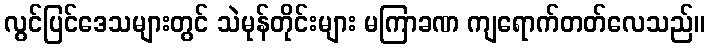
လွင်ပြင်ဒေသများတွင် သဲမုန်တိုင်းများ မကြာခဏ ကျရောက်တတ်လေသည်။